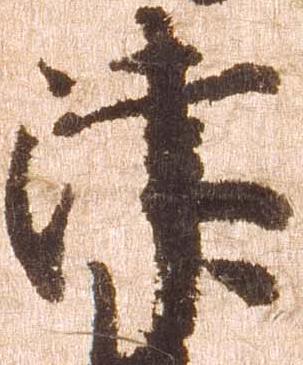
津